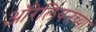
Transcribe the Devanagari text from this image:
ऑरेलियनच्या